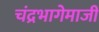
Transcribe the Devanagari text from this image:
चंद्रभागेमाजीं